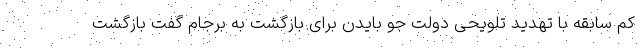
کم سابقه با تهدید تلویحی دولت جو بایدن برای بازگشت به برجام گفت بازگشت